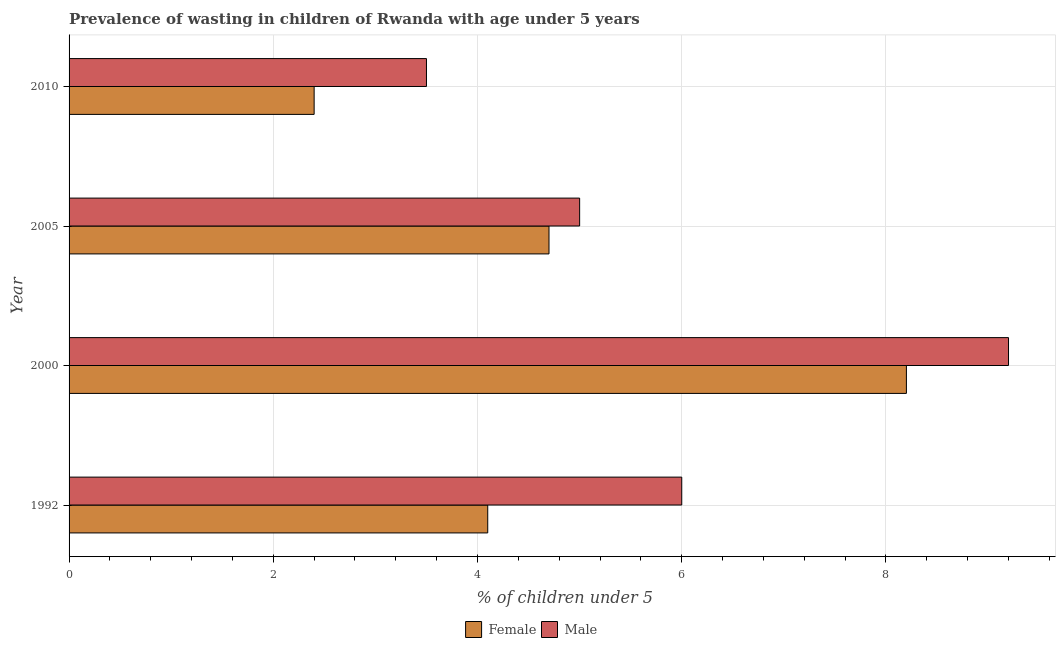
| Year | Female | Male |
 | --- | --- | --- |
 | 1992 | 4.1 | 6 |
 | 2000 | 8.2 | 9.2 |
 | 2005 | 4.7 | 5 |
 | 2010 | 2.4 | 3.5 |